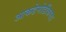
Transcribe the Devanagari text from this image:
आकडेमोडींकरता